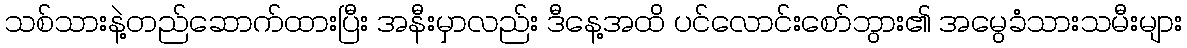
သစ်သားနဲ့တည်ဆောက်ထားပြီး အနီးမှာလည်း ဒီနေ့အထိ ပင်လောင်းစော်ဘွား၏ အမွေခံသားသမီးများ